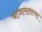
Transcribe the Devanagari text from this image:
बाजारातल्या